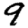
Digit: 9